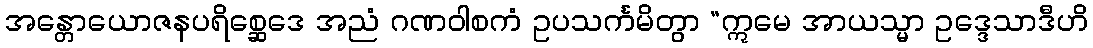
အန္တောယောဇနပရိစ္ဆေဒေ အညံ ဂဏဝါစကံ ဥပသင်္ကမိတွာ “ဣမေ အာယသ္မာ ဥဒ္ဒေသာဒီဟိ